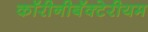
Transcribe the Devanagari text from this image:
कॉरीनीबॅक्टेरीयम